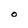
Character: O